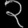
Digit: ၃